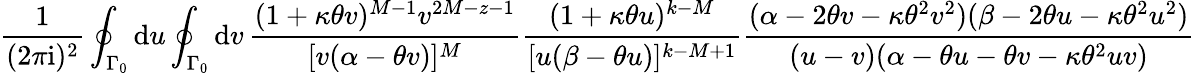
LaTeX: \frac{1}{(2\pi\mathrm{i})^{2}}\oint_{\Gamma_{0}}\mathrm{d}u\oint_{\Gamma_{0}}\mathrm{d}v\, \frac{(1+\kappa\theta v)^{M-1}v^{2M-z-1}}{[v(\alpha-\theta v)]^{M}}\frac{(1+\kappa\theta u)^{k-M}}{[u(\beta-\theta u)]^{k-M+1}}\frac{(\alpha-2\theta v-\kappa\theta^{2}v^{2})(\beta-2\theta u-\kappa\theta^{2}u^{2})}{(u-v)(\alpha-\theta u-\theta v-\kappa\theta^{2}uv)}